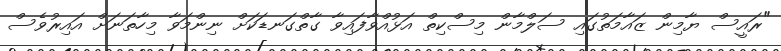
"ރައީސް ޔާމިން ޒައާމަތުގައި ސަލްމާން މިސްކިތް އަޅުއްވާފައިވާ ގާތްގަނޑަކަށް ނިންމަވާ މިހާތަނަށް އައިރުވެސް